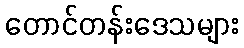
တောင်တန်းဒေသများ